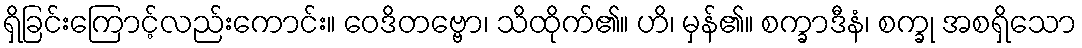
ရှိခြင်းကြောင့်လည်းကောင်း။ ဝေဒိတဗ္ဗော၊ သိထိုက်၏။ ဟိ၊ မှန်၏။ စက္ခာဒီနံ၊ စက္ခု အစရှိသော